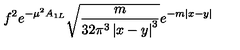
f ^ { 2 } e ^ { - \mu ^ { 2 } A _ { 1 L } } \sqrt { \frac { m } { 3 2 \pi ^ { 3 } \left| x - y \right| ^ { 3 } } } e ^ { - m \left| x - y \right| }